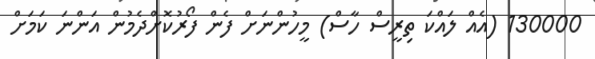
130000 (އެއް ލައްކަ ތިރީސް ހާސް) މީހުންނަށް ފެން ފޯރުކޮށްދެމުން އަންނަ ކަމަށް